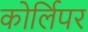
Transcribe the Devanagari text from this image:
कोर्लिपर